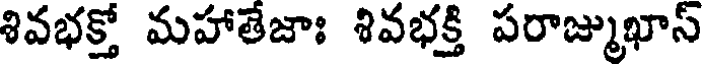
శివభక్తో మహాతేజాః శివభక్తి పరాజ్ముఖాస్